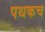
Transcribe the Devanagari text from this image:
पथकच